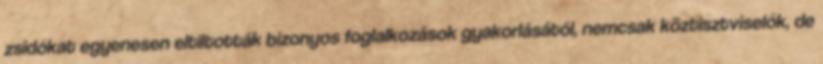
zsidókat egyenesen eltiltották bizonyos foglalkozások gyakorlásától, nemcsak köztisztviselők, de